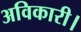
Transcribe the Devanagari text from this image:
अविकारी।